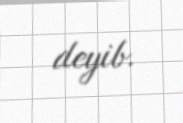
deyib.